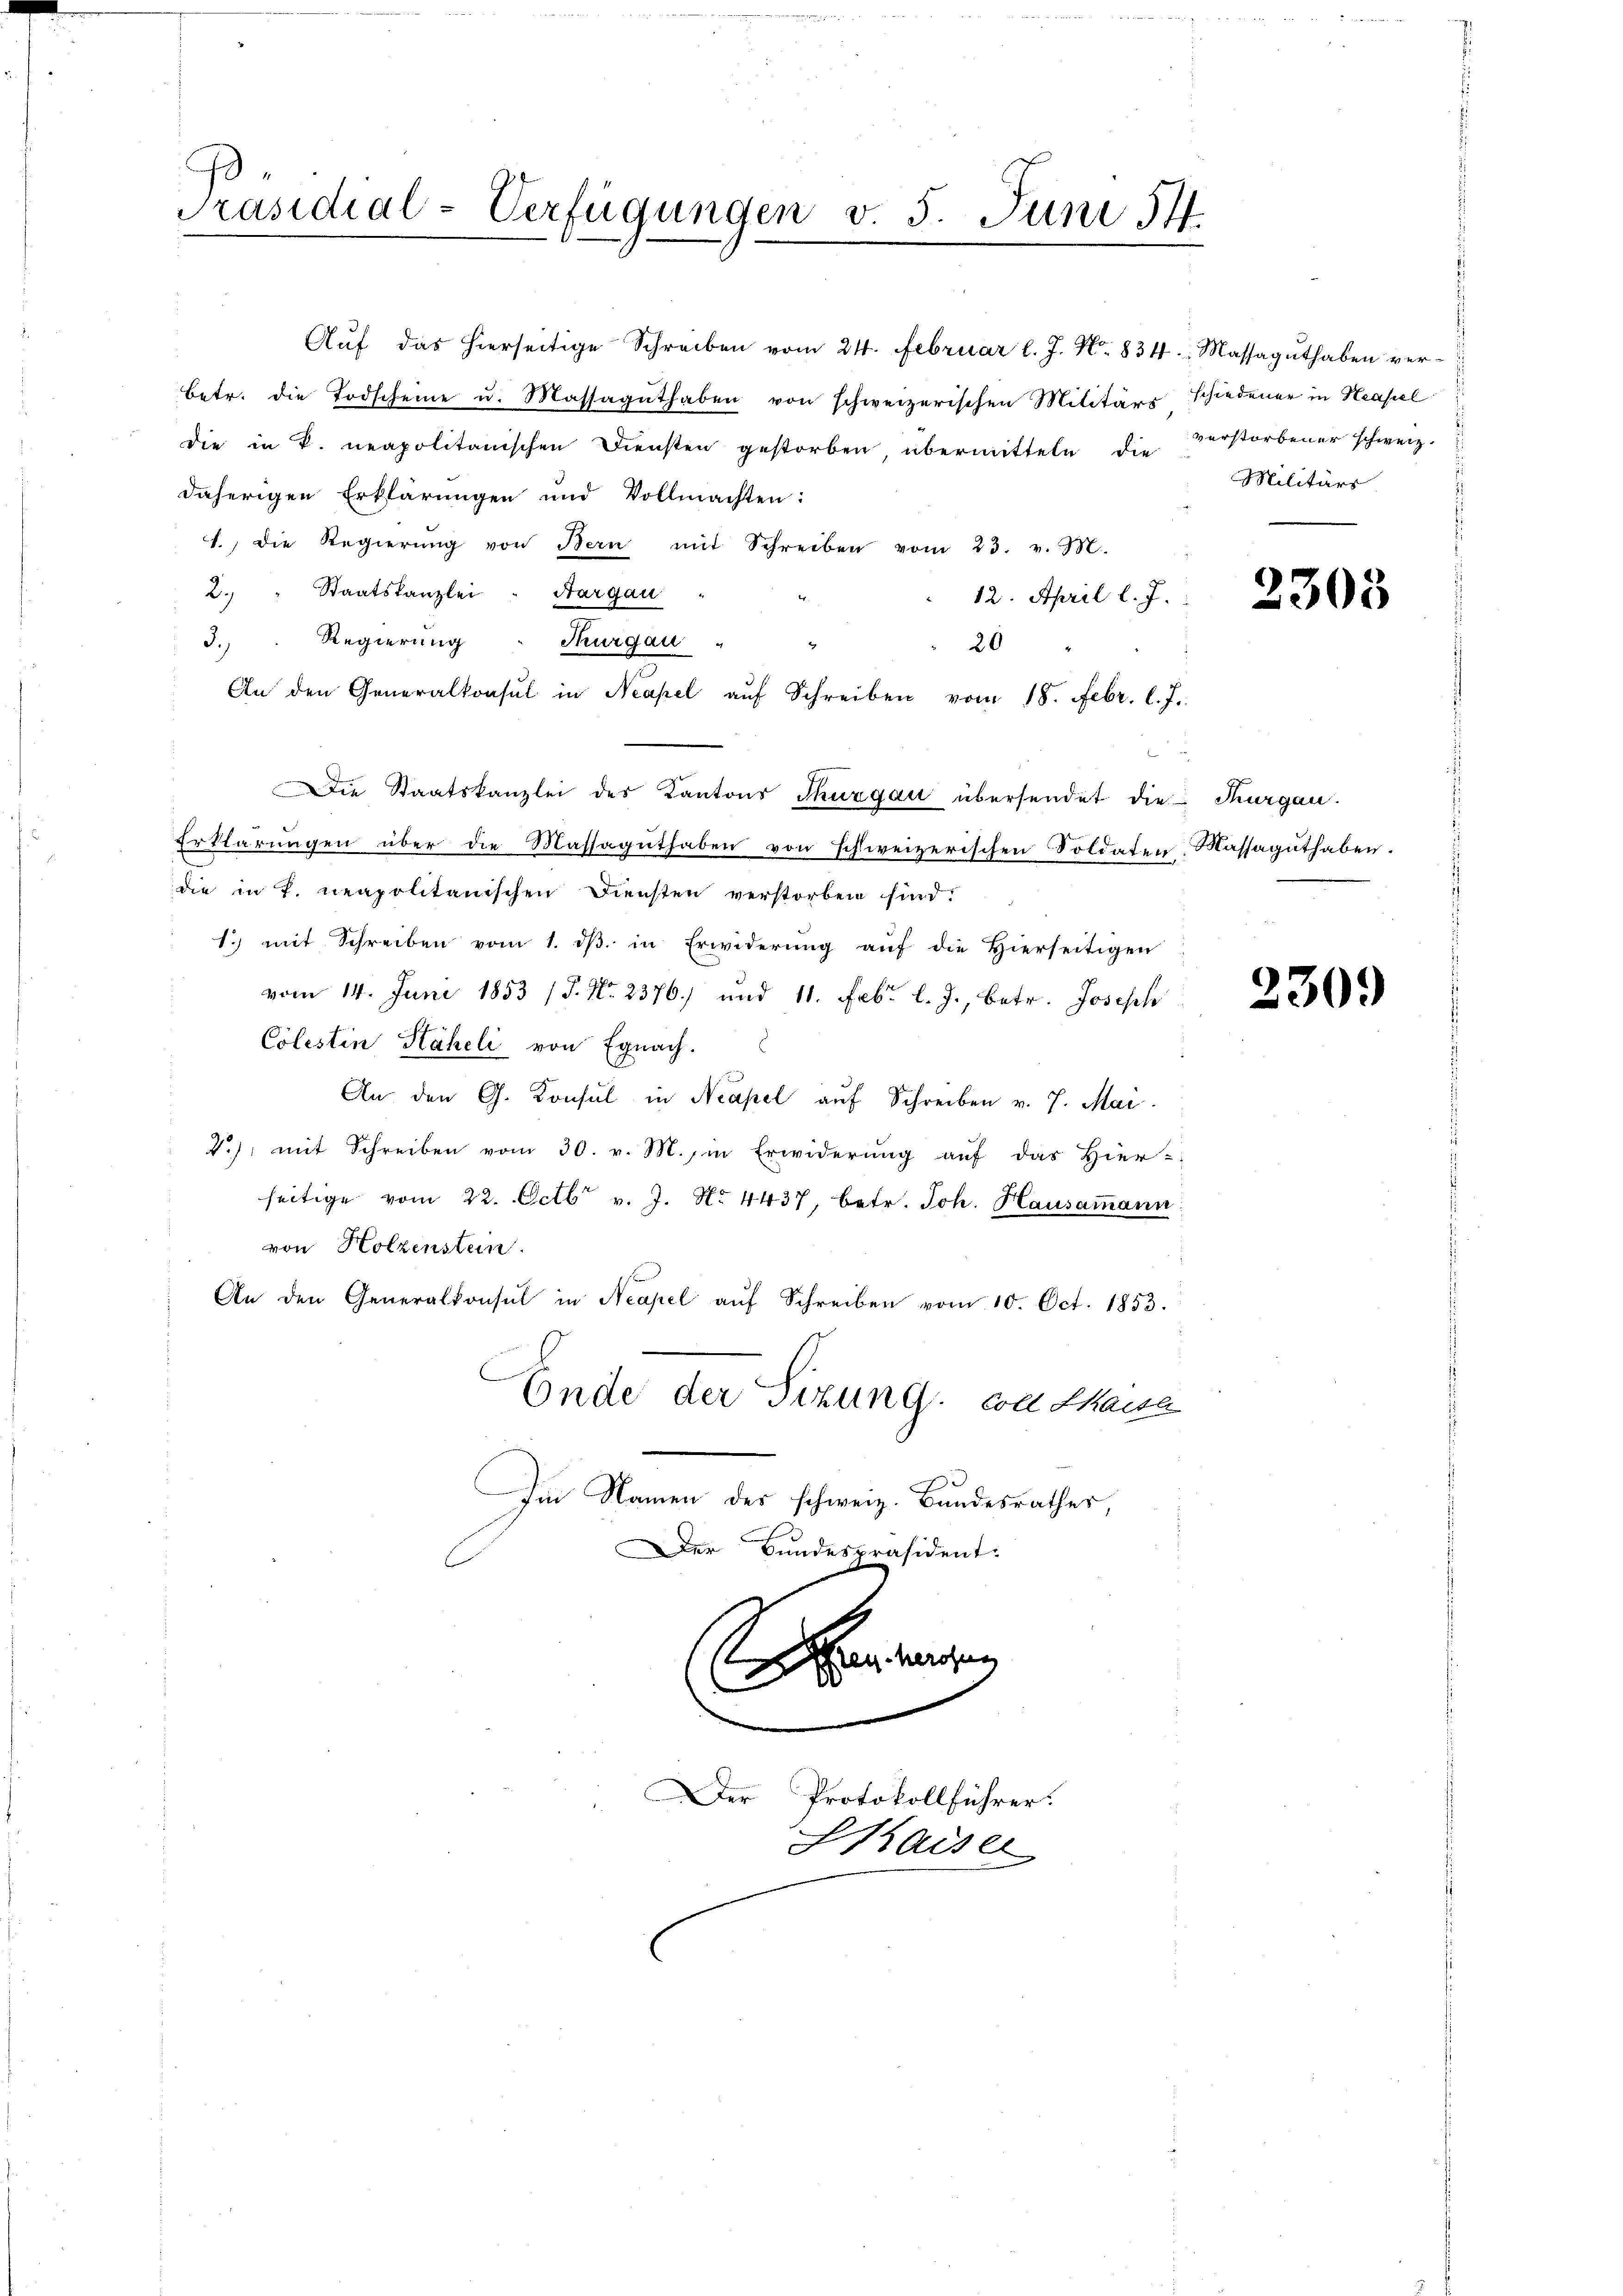
Präsidial-Verfügungen v. 5. Juni 14.

Auf das hierseitige Schreiben vom 24. Februar l. J. N. 834. Massaguthaben verbetr. die Todscheine u. Massaguthaben von schweizerischen Militärs schiedener in Kapel
die in P. neapolitanischen Diensten gestorben, übermitteln die Verstorbener schweiz.
daherigen Erklärungen und Vollmachten:
1., die Regierŭng von Bern mit Schreiben vom 23. v. M.
2. " Staatskanzlei . Aargau
12. April l. J.
3. Regierung : Thurgau
20 "
An den Generalkonsul in Neapel aŭf Schreiben vom 18. Febr. l. J.
Die Staatskanzlei des Kantons Thurgau übersendet die Thurgau.
Erklärŭngen über die Massagŭthaben von schweizerischen Soldaten Massaguthaben.
die in T. neapolitanischen Diensten verstorben sind:
1. mit Schreiben vom 1. dβ in Erwiderŭng aŭf die hierseitigen
vom 14. Juni 1853 /5. No. 2376) und 11. Febr. l. J., betr. Joseph
Colestin Stäheli von Egnach.
An den G. Konsul in Neapel auf Schreiben v. 7. Mai
V.) mit Schreiben vom 30. v. M., in Erwiderŭng auf das Hier-
seitige vom 22. Octb. v. J. N. 4437, betr. Joh. Hausammann
von Holzenstein.
An den Generalkonsul in Neapel aŭf Schreiben vom 10. Oct. 1853.
Ende der Sitzung con thaue
Im Namen des schweiz. Bandesrathes,
er Bundespräsident:

Sanenen
2

Der Protokollführer.
Chaiser

Militärs

2303

230.